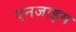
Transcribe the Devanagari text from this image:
एनजाइम